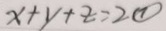
x + y + z = 2 \textcircled { 1 }